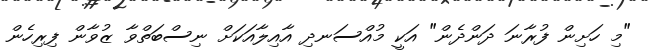
"މި ހަށިން ފުރާނަ ދަންދެން" އަކީ މުއްސަނދި އާއިލާއަކަށް ނިސްބަތްވާ ޒުވާން ފިރިހެން